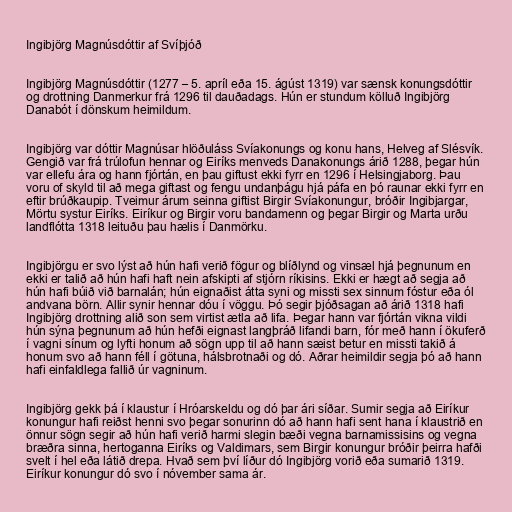
Ingibjörg Magnúsdóttir af Svíþjóð

Ingibjörg Magnúsdóttir (1277 – 5. apríl eða 15. ágúst 1319) var sænsk konungsdóttir
og drottning Danmerkur frá 1296 til dauðadags. Hún er stundum kölluð Ingibjörg
Danabót í dönskum heimildum.

Ingibjörg var dóttir Magnúsar hlöðuláss Svíakonungs og konu hans, Helveg af Slésvík.
Gengið var frá trúlofun hennar og Eiríks menveds Danakonungs árið 1288, þegar hún
var ellefu ára og hann fjórtán, en þau giftust ekki fyrr en 1296 í Helsingjaborg. Þau
voru of skyld til að mega giftast og fengu undanþágu hjá páfa en þó raunar ekki fyrr en
eftir brúðkaupip. Tveimur árum seinna giftist Birgir Svíakonungur, bróðir Ingibjargar,
Mörtu systur Eiríks. Eiríkur og Birgir voru bandamenn og þegar Birgir og Marta urðu
landflótta 1318 leituðu þau hælis í Danmörku.

Ingibjörgu er svo lýst að hún hafi verið fögur og blíðlynd og vinsæl hjá þegnunum en
ekki er talið að hún hafi haft nein afskipti af stjórn ríkisins. Ekki er hægt að segja að
hún hafi búið við barnalán; hún eignaðist átta syni og missti sex sinnum fóstur eða ól
andvana börn. Allir synir hennar dóu í vöggu. Þó segir þjóðsagan að árið 1318 hafi
Ingibjörg drottning alið son sem virtist ætla að lifa. Þegar hann var fjórtán vikna vildi
hún sýna þegnunum að hún hefði eignast langþráð lifandi barn, fór með hann í ökuferð
í vagni sínum og lyfti honum að sögn upp til að hann sæist betur en missti takið á
honum svo að hann féll í götuna, hálsbrotnaði og dó. Aðrar heimildir segja þó að hann
hafi einfaldlega fallið úr vagninum.

Ingibjörg gekk þá í klaustur í Hróarskeldu og dó þar ári síðar. Sumir segja að Eiríkur
konungur hafi reiðst henni svo þegar sonurinn dó að hann hafi sent hana í klaustrið en
önnur sögn segir að hún hafi verið harmi slegin bæði vegna barnamissisins og vegna
bræðra sinna, hertoganna Eiríks og Valdimars, sem Birgir konungur bróðir þeirra hafði
svelt í hel eða látið drepa. Hvað sem því líður dó Ingibjörg vorið eða sumarið 1319.
Eiríkur konungur dó svo í nóvember sama ár.